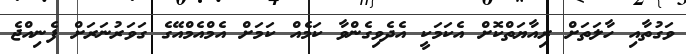
ވަގުތާއި ހާލަތަށް ރިއާޔަތްކޮށް އެކަމަކީ އެދެވިގެންވާ ކަމެއް ކަމަށް އެމްއެމްއޭގެ ގަވަރުނަރަށް ފެނިއްޖެ